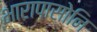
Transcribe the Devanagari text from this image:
भारापासोनि